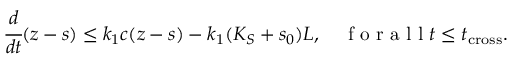
\cfrac { d } { d t } ( z - s ) \leq k _ { 1 } c ( z - s ) - k _ { 1 } ( K _ { S } + s _ { 0 } ) L , \quad \mathrm { ~ f ~ o ~ r ~ a ~ l ~ l ~ } t \leq t _ { \mathrm { c r o s s } } .